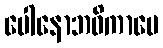
ပေါနောဘဝိကာပေ